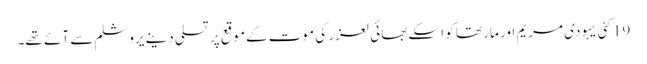
19 کئی یہودی مریم اور مار تھا کو اسکے بھائی لعزر کی موت کےموقع پر تسلی دینے یروشلم سے آئے تھے۔